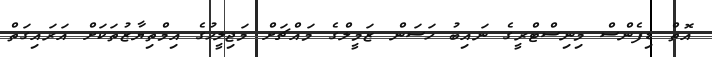
އޮތް ޑިފެންސް މިނިސްޓްރީގެ ނައިބު ހަސަން ޒަމީލްގެ މައްޗަށް މަޖިލީހުގެ އިމްތިޔާޒުތަކަށް އަރައިގަތް